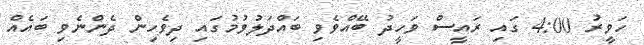
ހަވީރު 4:00 ގައި ރައީސް ވަހީދު ބޭއްވެވި ބައްދަލުވުމުގައި ދިވެހިން ދެންނެވި ބައެއް